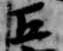
五